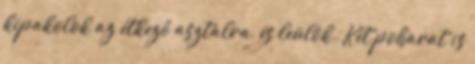
kipakolok az étkező asztalra, és leülök. Két poharat is